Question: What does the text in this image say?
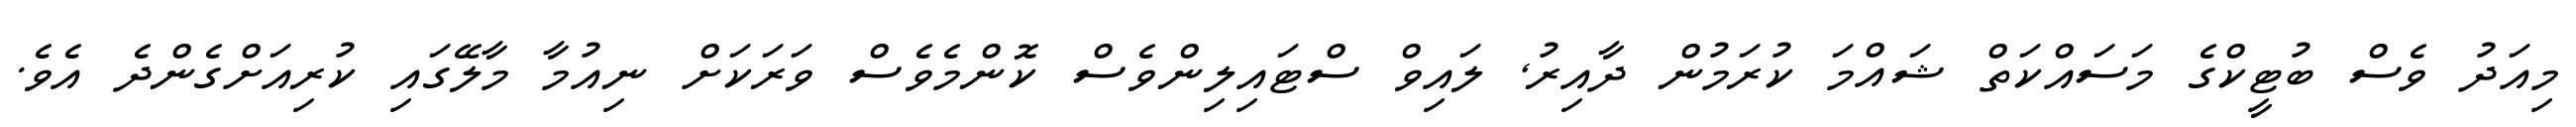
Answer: މިއަދު ވެސް ބުޓީކްގެ މަސައްކަތް ޝައްމަ ކުރަމުން ދާއިރު, ލައިވް ސްޓައިލިންވެސް ކޮންމެވެސް ވަރަކަށް ނިއުމާ މާލޭގައި ކުރިއަށްގެންދެ އެވެ.